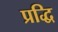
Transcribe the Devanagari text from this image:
प्रद्धि